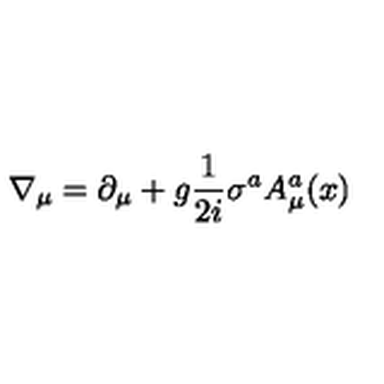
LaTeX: \nabla _ { \mu } = \partial _ { \mu } + g \frac { 1 } { 2 i } \sigma ^ { a } A _ { \mu } ^ { a } ( x )